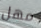
مهل